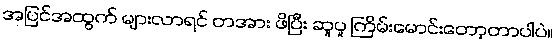
အပြင်အထွက် များလာရင် တအား ဖိပြီး ဆူပူ ကြိမ်းမောင်းတော့တာပါပဲ။